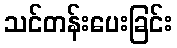
သင်တန်းပေးခြင်း